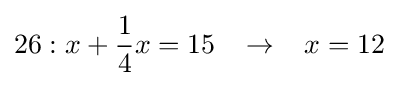
26:x+{\frac {1}{4}}x=15\;\;\;\rightarrow \;\;\;x=12